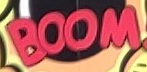
BOOM